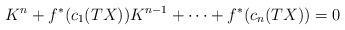
LaTeX: \begin{align*}K^n + f^{*}(c_1(TX))K^{n-1}+\cdots+f^{*}(c_n(TX))&=0\end{align*}